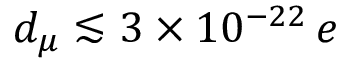
d _ { \mu } \lesssim 3 \times 1 0 ^ { - 2 2 } \, e